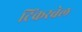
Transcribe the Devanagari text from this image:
टिंकरबेल